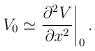
LaTeX: \begin{align*} V_0 \simeq {\partial^2 V\over \partial x^2}\bigg|_0\,.\end{align*}